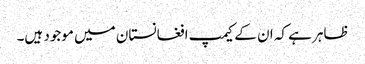
ظاہر ہے کہ ان کے کیمپ افغانستان میں موجود ہیں۔